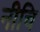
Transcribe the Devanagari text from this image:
नीचि